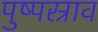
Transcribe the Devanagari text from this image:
पुष्पस्राव